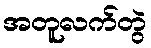
အတူလက်တွဲ